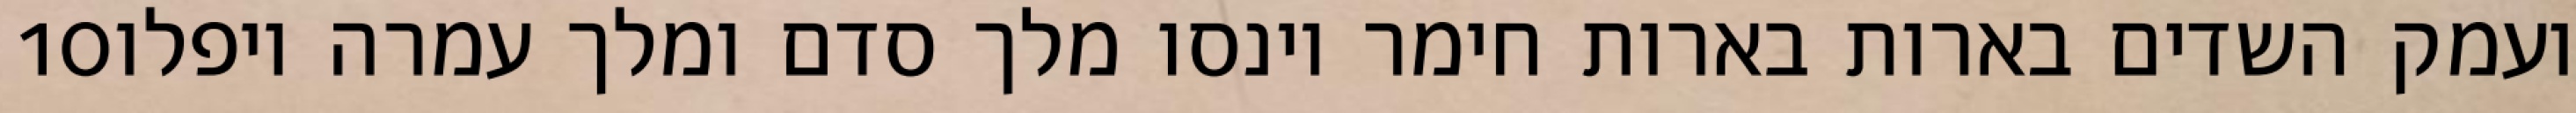
‎10‏ ועמק השדים בארות בארות חימר וינסו מלך סדם ומלך עמרה ויפלו